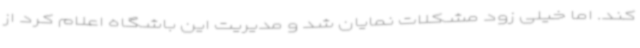
کند. اما خیلی زود مشکلات نمایان شد و مدیریت این باشگاه اعلام کرد از